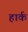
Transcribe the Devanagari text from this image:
हार्क